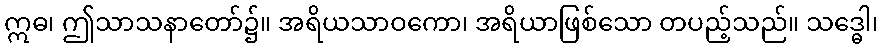
ဣဓ၊ ဤသာသနာတော်၌။ အရိယသာဝကော၊ အရိယာဖြစ်သော တပည့်သည်။ သဒ္ဓေါ၊